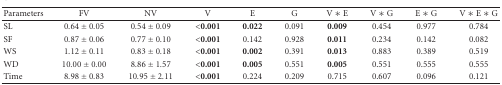
<table><thead><tr><td><b>Parameters</b></td><td><b>FV</b></td><td><b>NV</b></td><td><b>V</b></td><td><b>E</b></td><td><b>G</b></td><td><b>V ∗ E</b></td><td><b>V ∗ G</b></td><td><b>E ∗ G</b></td><td><b>V ∗ E ∗ G</b></td></tr></thead><tbody><tr><td>SL</td><td>0.64 ± 0.05</td><td>0.54 ± 0.09</td><td><b>&lt;0.001</b></td><td><b>0.022</b></td><td>0.091</td><td><b>0.009</b></td><td>0.454</td><td>0.977</td><td>0.784</td></tr><tr><td>SF</td><td>0.87 ± 0.06</td><td>0.77 ± 0.10</td><td><b>&lt;0.001</b></td><td>0.142</td><td>0.928</td><td><b>0.011</b></td><td>0.234</td><td>0.142</td><td>0.082</td></tr><tr><td>WS</td><td>1.12 ± 0.11</td><td>0.83 ± 0.18</td><td><b>&lt;0.001</b></td><td><b>0.002</b></td><td>0.391</td><td><b>0.013</b></td><td>0.883</td><td>0.389</td><td>0.519</td></tr><tr><td>WD</td><td>10.00 ± 0.00</td><td>8.86 ± 1.57</td><td><b>&lt;0.001</b></td><td><b>0.005</b></td><td>0.551</td><td><b>0.005</b></td><td>0.551</td><td>0.555</td><td>0.555</td></tr><tr><td>Time</td><td>8.98 ± 0.83</td><td>10.95 ± 2.11</td><td><b>&lt;0.001</b></td><td>0.224</td><td>0.209</td><td>0.715</td><td>0.607</td><td>0.096</td><td>0.121</td></tr></tbody></table>